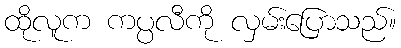
ထိုလူက ကပ္ပလီကို လှမ်းပြောသည်။